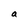
Character: a